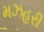
મઝહરી